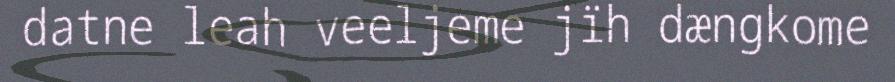
datne leah veeljeme jïh dængkome